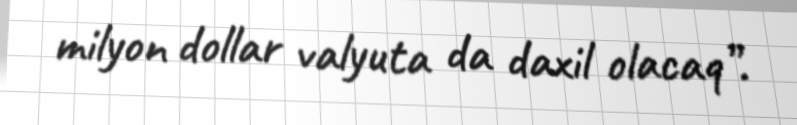
milyon dollar valyuta da daxil olacaq”.